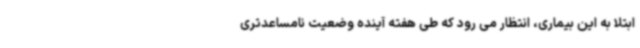
ابتلا به این بیماری، انتظار می رود که طی هفته آینده وضعیت نامساعدتری